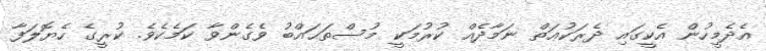
އެދެމީހުން އެކީގައި ދެރަކުޢަތް ނަމާދެއް ކުރުމަކީ މުސްތަޙައްބު ވެގެންވާ ކަމެކެވެ. ކުރީގެ ހެޔޮލަފާ